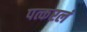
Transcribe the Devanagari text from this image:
पत्करलं